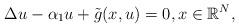
LaTeX: \begin{align*} \Delta{u}-\alpha_1u+\tilde{g}(x,u)=0, x \in \mathbb{R}^{N},\end{align*}